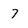
Character: 7